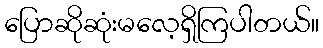
ပြောဆိုဆုံးမလေ့ရှိကြပါတယ်။